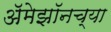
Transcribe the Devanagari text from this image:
अॅमेझॉनच्या